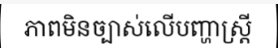
ភាពមិនច្បាស់លើបញ្ហាស្ត្រី